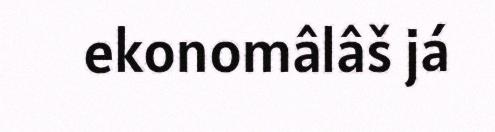
ekonomâlâš já